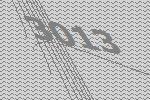
3013